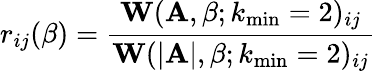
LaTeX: r_{ij}(\beta)=\frac{\mathbf{W}(\mathbf{A},\beta;k_{\operatorname*{min}}=2)_{ij}}{\mathbf{W}(|\mathbf{A}|,\beta;k_{\operatorname*{min}}=2)_{ij}}